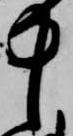
中